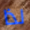
لذا